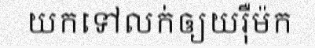
យកទៅលក់ឲ្យយរ៉ឺម៉ក